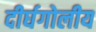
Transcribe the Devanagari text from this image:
दीर्घगोलीय